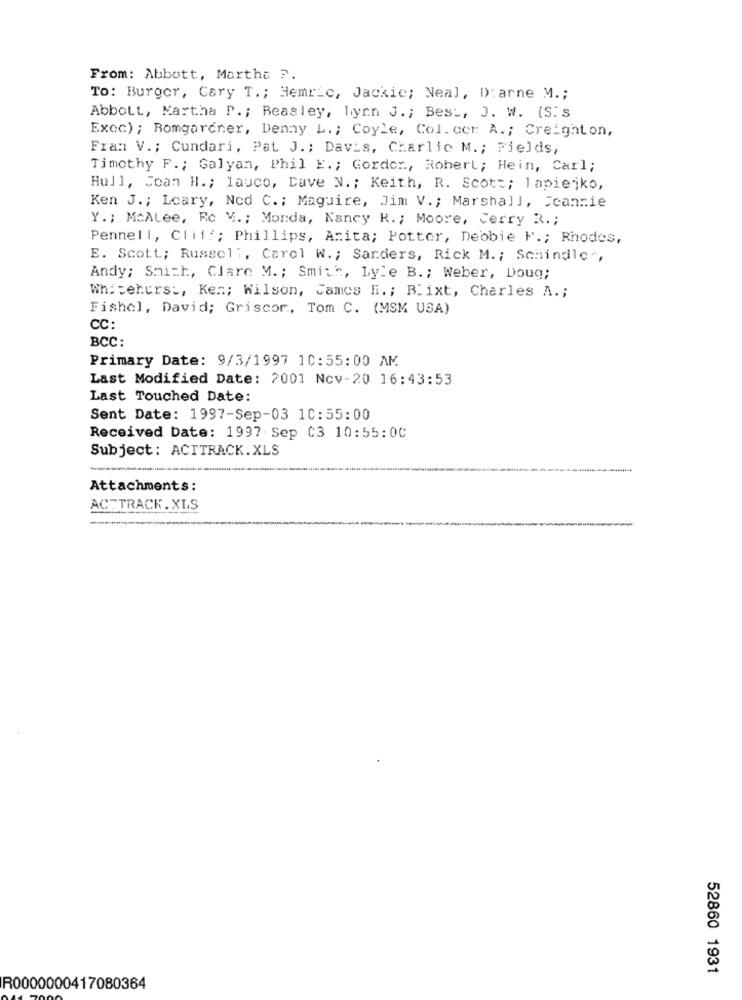
From: Abbott, Martha ?.
To: Burger, Cary T .; Hemric, Jackie; Neal, D): arne M .;
Abbott, Martha P .; Beasley, lynn J .; Best, J. W. (S.s
Excc) ; Romgardner, Denny L .; Coyle, Col. cor A .; Creighton,
Fran V .; Cundari, Pat J .; Davis, Charlie M .; Fields,
Timothy F .; Galyan, Phil E .; Gordor ., Robert; Hein, Carl;
Hull, Joan H .; lauco, Dave N. ; Keith, R. Scott; lapiejko,
Ken J .; Loary, Ned C .; Maguire, Jim V .; Marshall, Scannie
Y .; MoALee, Rc V .; Monda, Nancy R. ; Moore, Cerry R .;
Pennell, Cliff; Phillips, Anita; Potter, Debbie H .; Rhodes,
E. Scott .; Russell, Carol W .; Sanders, Rick M .; Schindler,
Andy; Smith, Clare M. ; Smith, Lyle B .; Weber, Doug;
Whitehurst, Kes; Wilson, James Hi. ; Blixt, Charles A .;
Fishel, David; Griscor, Tom C. (MSM USA)
CC:
BCC:
Primary Date: 9/3/1997 10:55:00 AM
Last Modified Date: 2001 Nov-20 16:43:53
Last Touched Date:
Sent Date: 1997-Sep-03 10:55:00
Received Date: 1997 Sep 03 10:55:00
Subject: ACTTRACK.XLS
Attachments:
ACTTRACK. XLS
52860 1931
R0000000417080364